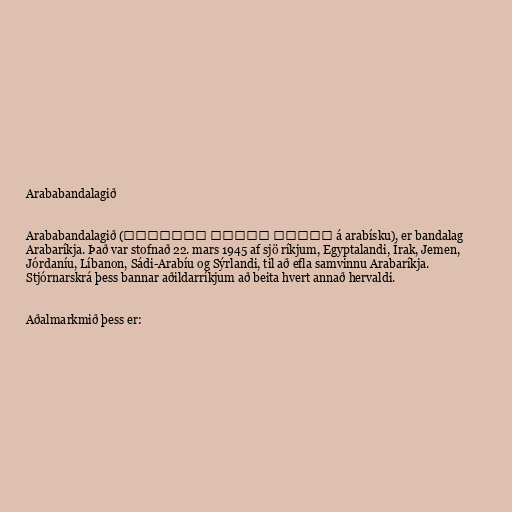
Arababandalagið

Arababandalagið (جامعة الدول العربية á arabísku), er bandalag
Arabaríkja. Það var stofnað 22. mars 1945 af sjö ríkjum, Egyptalandi, Írak, Jemen,
Jórdaníu, Líbanon, Sádi-Arabíu og Sýrlandi, til að efla samvinnu Arabaríkja.
Stjórnarskrá þess bannar aðildarríkjum að beita hvert annað hervaldi.

Aðalmarkmið þess er: